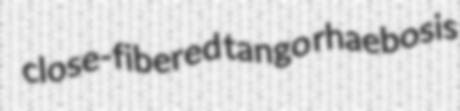
close-fibered tango rhaebosis